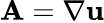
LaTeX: {\mathbf{A}}=\nabla{\mathbf{u}}